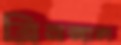
ব্রিনজাল